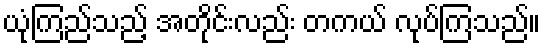
ယုံကြည်သည့် အတိုင်းလည်း တကယ် လုပ်ကြသည်။